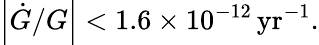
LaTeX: \left\vert\dot{G}/G\right\vert<1.6\times 10^{-12}\, \mathrm{yr}^{-1}.